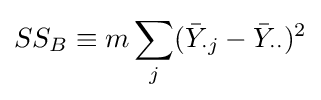
SS_{B}\equiv m\sum _{j}({\bar {Y}}_{\cdot j}-{\bar {Y}}_{\cdot \cdot })^{2}